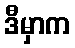
ဒီမှာက